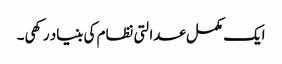
ایک مکمل عدالتی نظام کی بنیاد رکھی۔